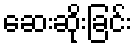
ဆေးဆိုးခြင်း